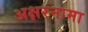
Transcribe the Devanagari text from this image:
अक्षरनामा